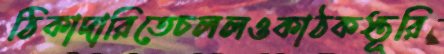
ঠিকাদারিতেচললওকাঠকস্তূরি